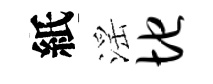
紙滛地